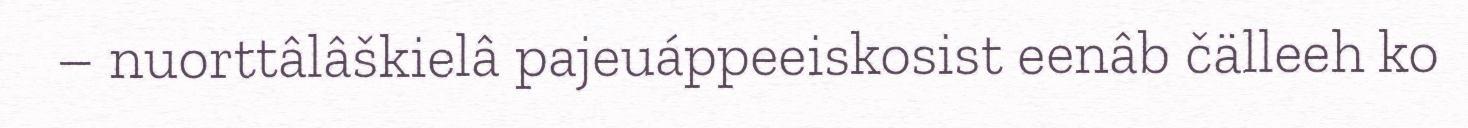
– nuorttâlâškielâ pajeuáppeeiskosist eenâb čälleeh ko